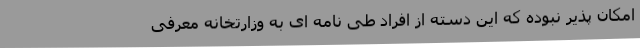
امکان پذیر نبوده که این دسته از افراد طی نامه ای به وزارتخانه معرفی